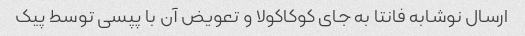
ارسال نوشابه فانتا به جای کوکاکولا و تعویض آن با پپسی توسط پیک